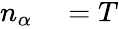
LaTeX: \begin{array}{rl}{n_{\alpha}}&{{}=T}\end{array}